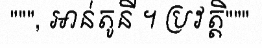
""", អាន់តូនី ។ ប្រវត្តិ"""